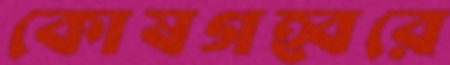
কোষগহ্বরে